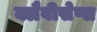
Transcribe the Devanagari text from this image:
क्लैवीसेप्स